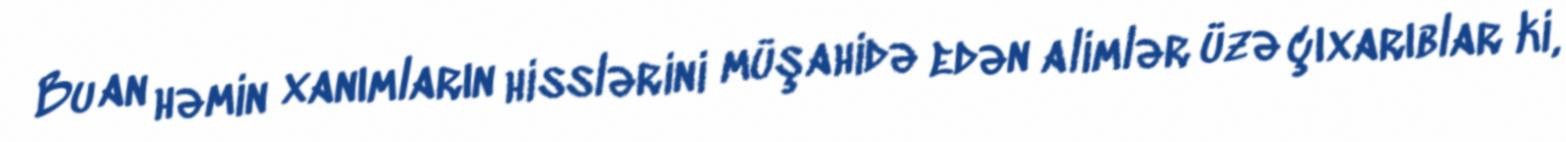
Bu an həmin xanımların hisslərini müşahidə edən alimlər üzə çıxarıblar ki,